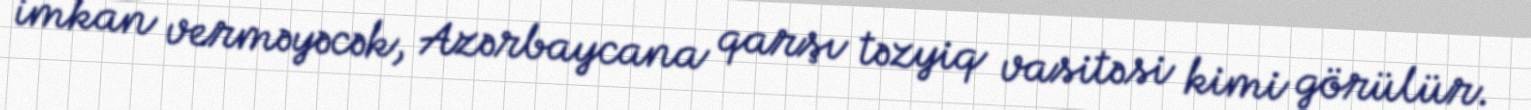
imkan verməyəcək, Azərbaycana qarşı təzyiq vasitəsi kimi görülür.